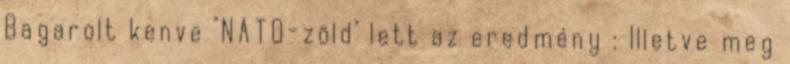
Bagarolt kenve "NATO-zöld" lett az eredmény : Illetve meg